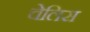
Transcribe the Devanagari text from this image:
चेलिस